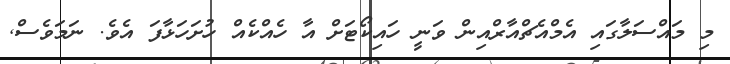
މި މައްސަލާގައި އެމްއެޗްއާރްއިން ވަނީ ހައިކޯޓަށް އާ ހެއްކެއް ހުށަހަޅާފަ އެވެ. ނަމަވެސް